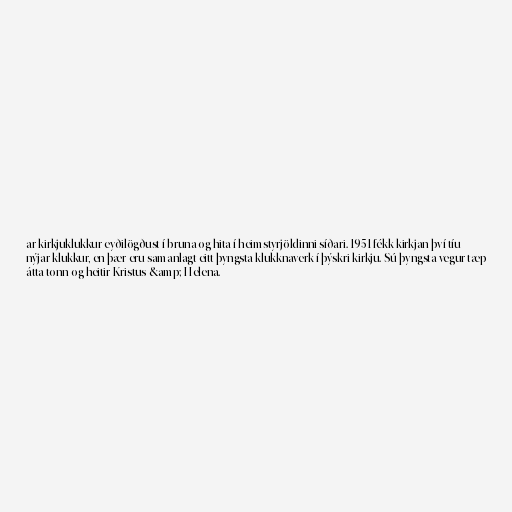
ar kirkjuklukkur eyðilögðust í bruna og hita í heimstyrjöldinni síðari. 1951 fékk kirkjan því tíu
nýjar klukkur, en þær eru samanlagt eitt þyngsta klukknaverk í þýskri kirkju. Sú þyngsta vegur tæp
átta tonn og heitir Kristus &amp; Helena.